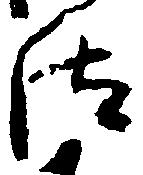
汰